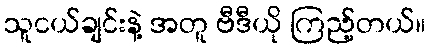
သူငယ်ချင်းနဲ့ အတူ ဗီဒီယို ကြည့်တယ်။